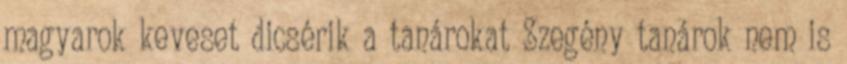
magyarok keveset dicsérik a tanárokat Szegény tanárok nem is